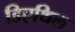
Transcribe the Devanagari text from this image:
डिएथिल